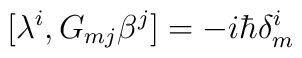
[\lambda ^i, G_{mj}\beta ^j ] = -i\hbar \delta ^i_m